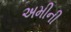
અમીની